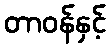
တာဝန်နှင့်